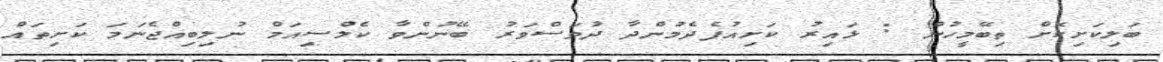
ބަލިކަށިކޮށް ތިބޭމީހުން : ޅައިރު ކަށިއުފެދެމުންދާ ދުވަސްވަރު ބޭނުންވާ ކެލްސިއަމް ނުލިބިއްޖެނަމަ ކަށިތައް